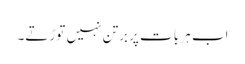
اب ہر بات پر برتن نہیں توڑتے۔